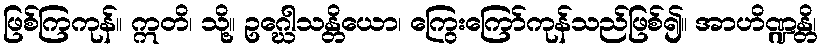
ဖြစ်ကြကုန်။ ဣတိ၊ သို့။ ဥဂ္ဃေါသန္တိယော၊ ကြွေးကြော်ကုန်သည်ဖြစ်၍။ အာဟိဏ္ဍန္တိ၊